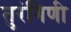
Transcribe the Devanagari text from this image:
तुरंगिणी